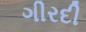
ગીરદી